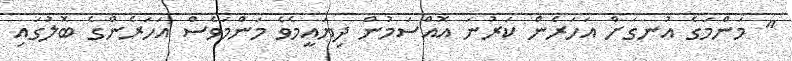
" މަންމަގެ އުނގަށް އަހަރެން ކަރުނަ އޮއްސަމުން ދިޔައީމެވެ މަންމަވެސް އަހަރެންގެ ބޮލުގައި